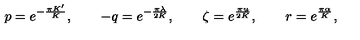
p = e ^ { - \frac { \pi K ^ { \prime } } { K } } , \qquad - q = e ^ { - \frac { \pi \lambda } { 2 K } } , \qquad \zeta = e ^ { \frac { \pi u } { 2 K } } , \qquad r = e ^ { \frac { \pi \alpha } { K } } ,